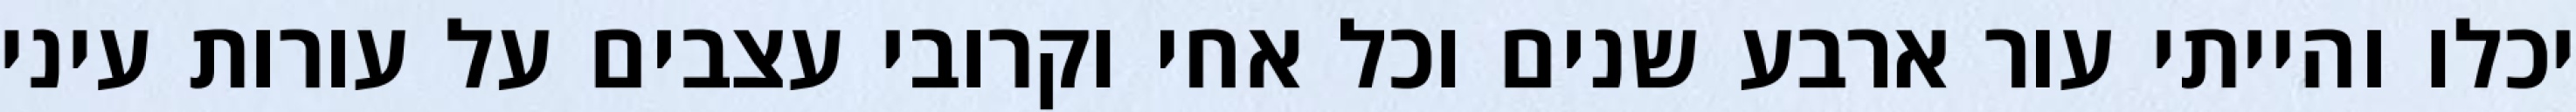
יכלו והייתי עור ארבע שנים וכל אחי וקרובי עצבים על עורות עיני